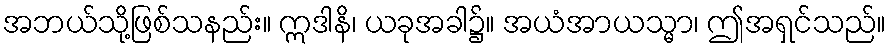
အဘယ်သို့ဖြစ်သနည်း။ ဣဒါနိ၊ ယခုအခါ၌။ အယံအာယသ္မာ၊ ဤအရှင်သည်။